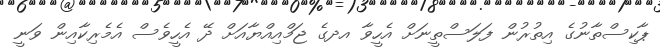
ޕާކިސްތާނުގެ އިތުރުން ފަލަސްތީނަށް އެހީވާ އދގެ ޖަމްއިއްޔާއަށް ދޭ އެހީވެސް އެމެރިކާއިން ވަނީ